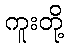
ကူးတို့